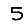
Digit: 5